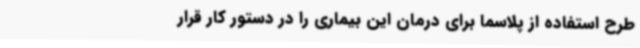
طرح استفاده از پلاسما برای درمان این بیماری را در دستور کار قرار